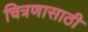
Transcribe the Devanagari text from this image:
चित्रणासाठी